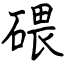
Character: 碨